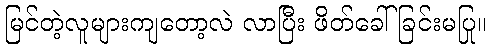
မြင်တဲ့လူများကျတော့လဲ လာပြီး ဖိတ်ခေါ် ခြင်းမပြု။